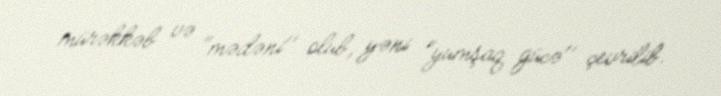
mürəkkəb və "mədəni'' olub, yəni "yumşaq gücə'' çevrilib.